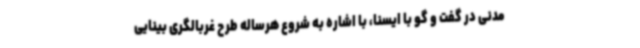
مدنی در گفت و گو با ایسنا، با اشاره به شروع هرساله طرح غربالگری بینایی